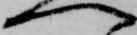
へ